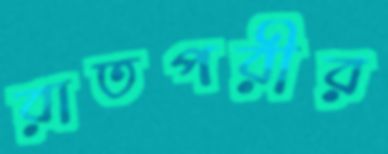
রাতপরীর